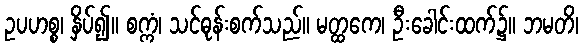
ဥပဟစ္စ၊ နှိပ်၍။ စက္ကံ၊ သင်ဓုန်းစက်သည်။ မတ္ထကေ၊ ဦးခေါင်းထက်၌။ ဘမတိ၊